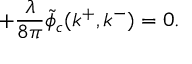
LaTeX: + { \frac { \lambda } { 8 \pi } } \tilde { \phi } _ { c } ( k ^ { + } , k ^ { - } ) = 0 .